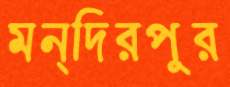
মন্দিরপুর